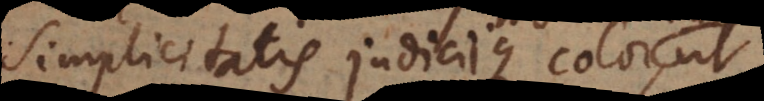
simplicitatis judiciique color,